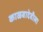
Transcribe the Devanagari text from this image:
काळबादेवीला